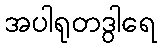
အပါရုတဒွါရေ